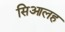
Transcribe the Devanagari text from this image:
सिआलह